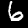
Label: 6